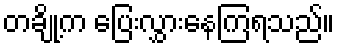
တချို့က ပြေးလွှားနေကြရသည်။